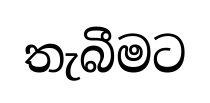
තැබීමට